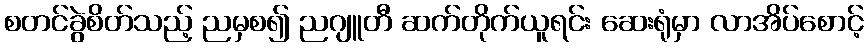
စတင်ခွဲစိတ်သည့် ညမှစ၍ ညဂျူတီ ဆက်တိုက်ယူရင်း ဆေးရုံမှာ လာအိပ်စောင့်